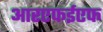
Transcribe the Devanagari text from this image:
आरएफईएफ